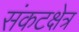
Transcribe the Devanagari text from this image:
संकटक्षेत्र